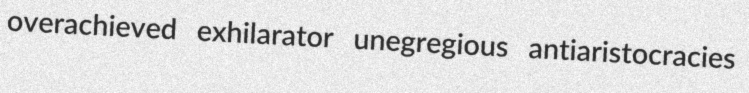
overachieved exhilarator unegregious antiaristocracies